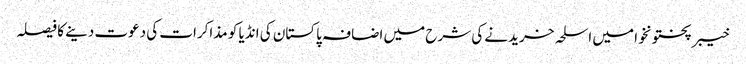
خیبر پختونخوا میں اسلحہ خریدنے کی شرح میں اضافہ	 پاکستان کی انڈیا کو مذاکرات کی دعوت دینے کا فیصلہ